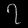
Digit: ၇